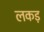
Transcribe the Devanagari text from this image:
लकड़